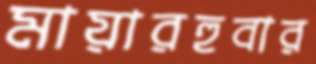
মায়ারহুবার